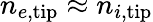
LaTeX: n_{e,\mathrm{tip}}\approx n_{i,\mathrm{tip}}